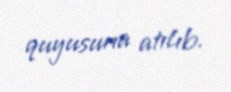
quyusuna atılıb.